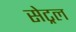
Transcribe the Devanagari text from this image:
सेट्रल